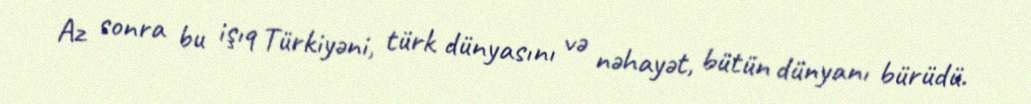
Az sonra bu işıq Türkiyəni, türk dünyasını və nəhayət, bütün dünyanı bürüdü.